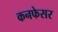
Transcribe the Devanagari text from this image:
कनफेसर